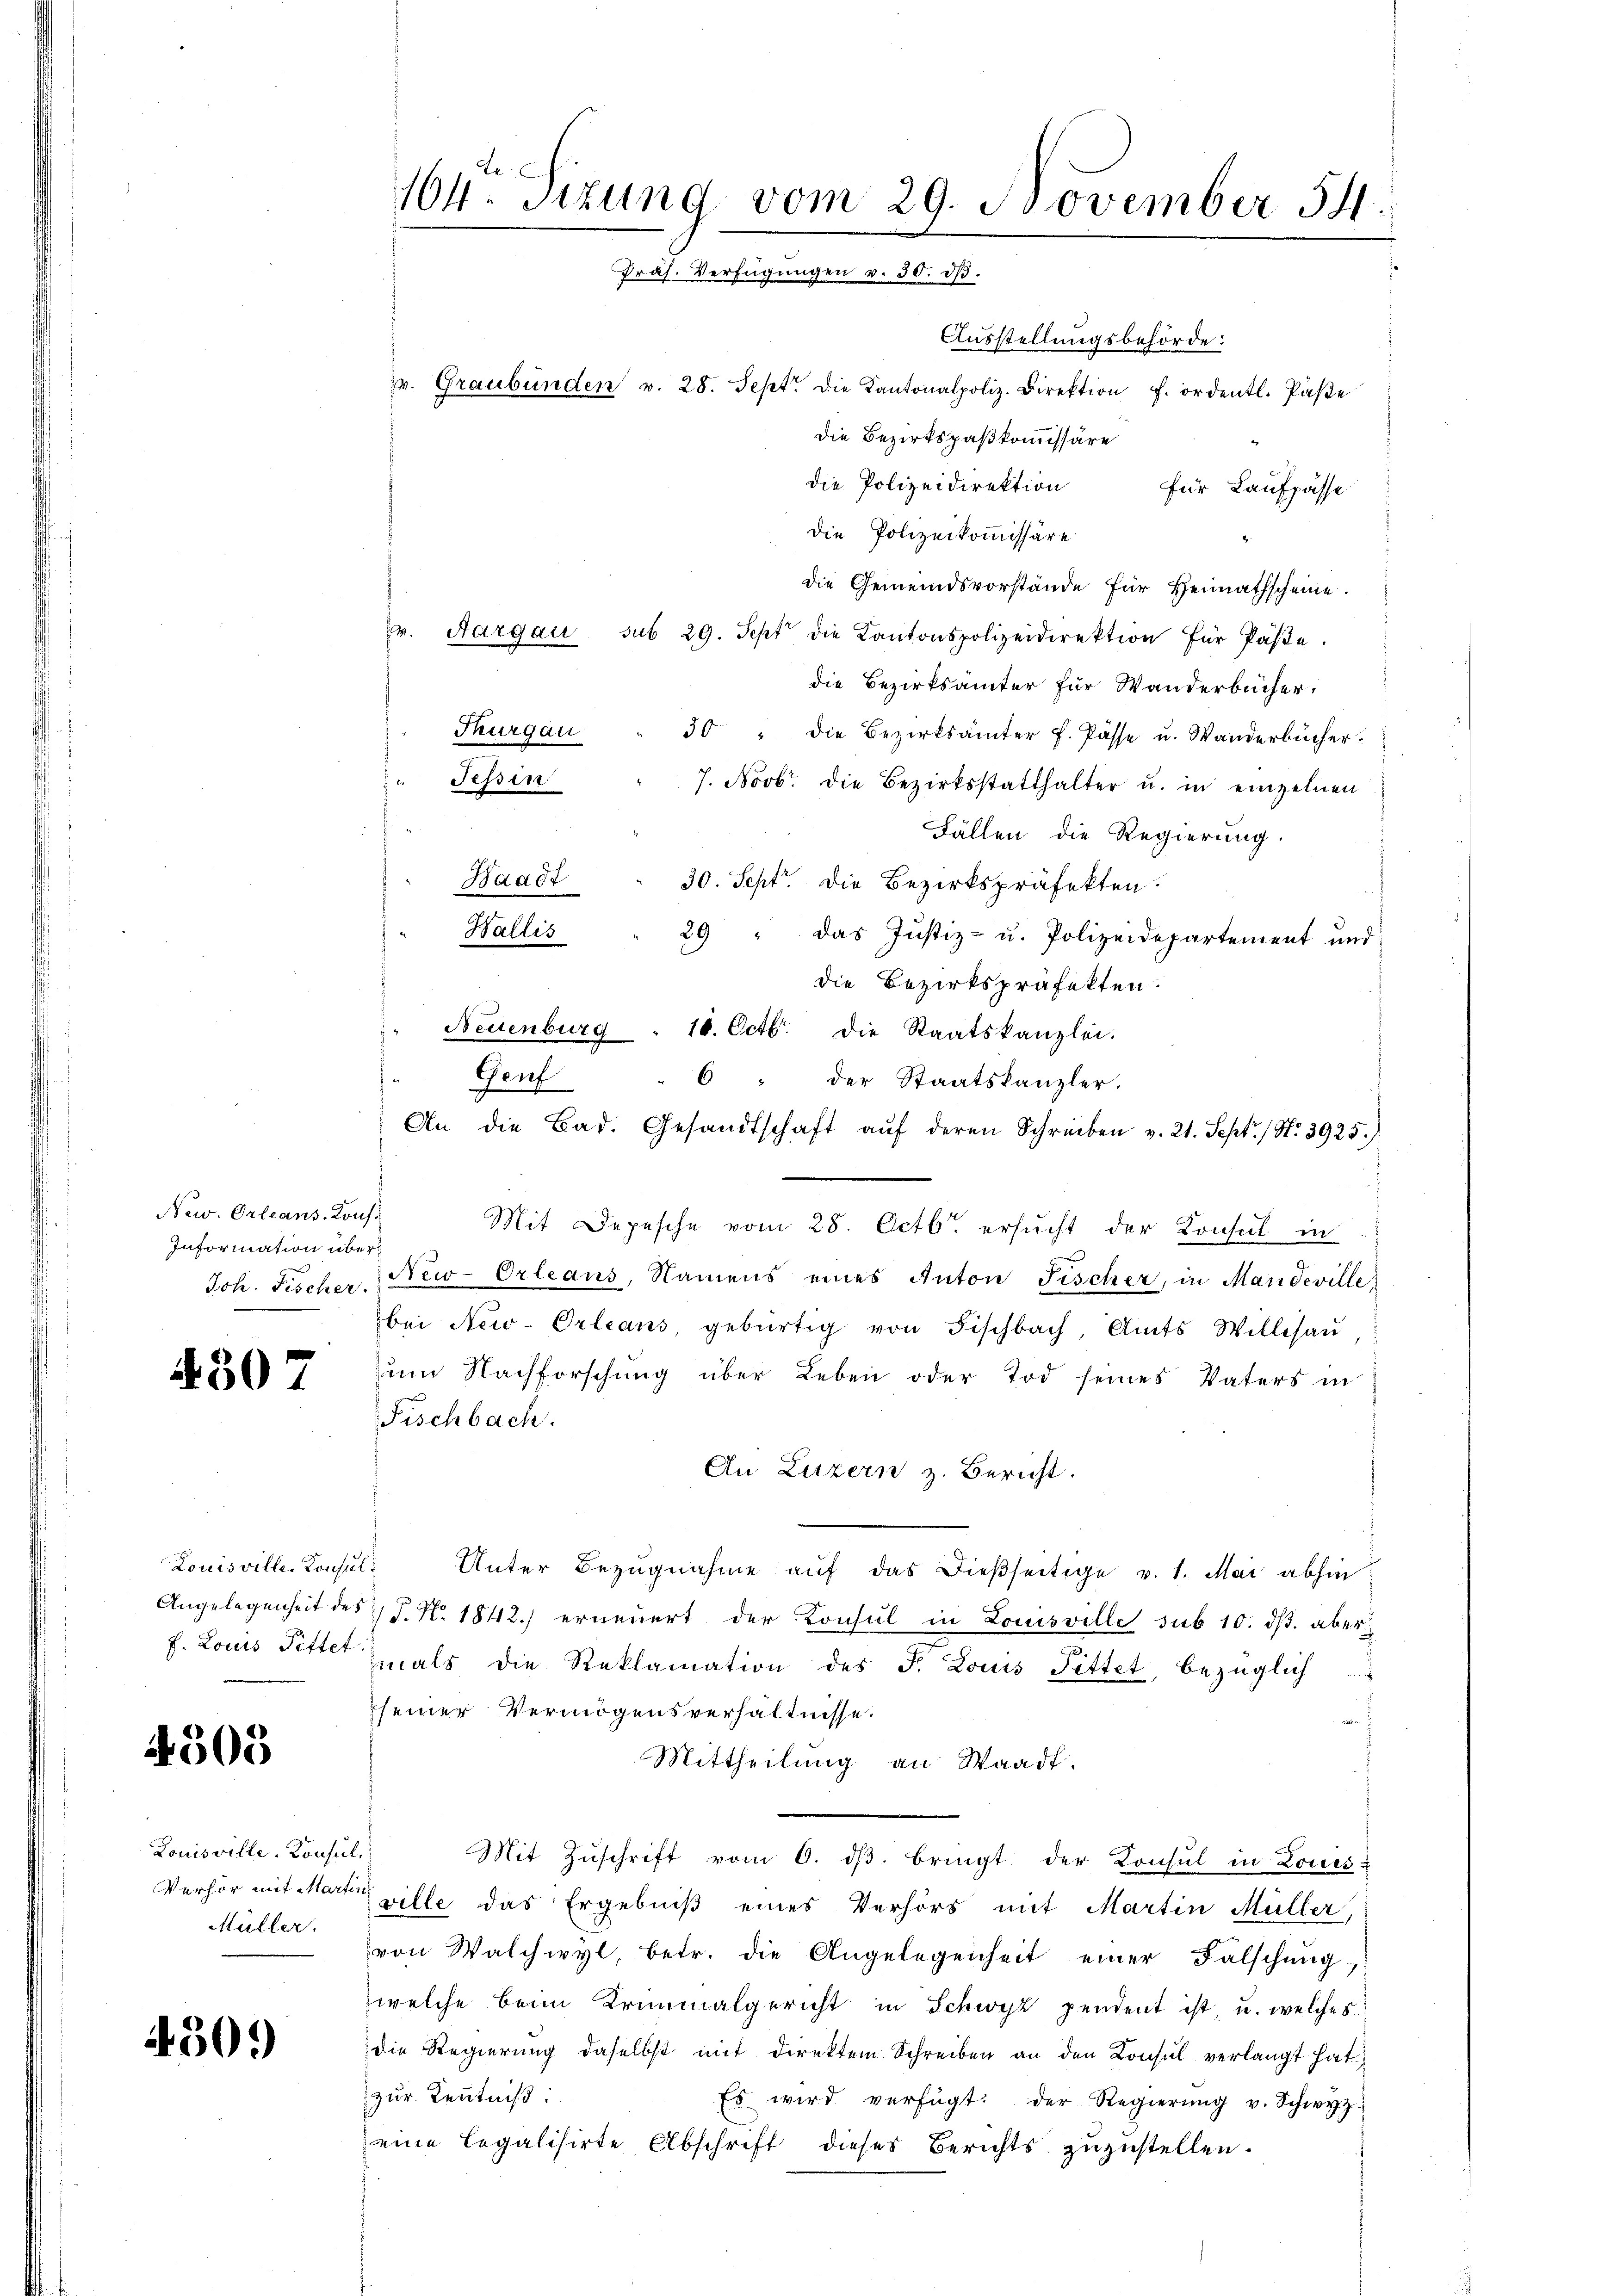
New. Orleans. Kons.
Information über¬

1307

Louisville. Konsul
Angelegenheit des
f. Louis Pittet

4305

Louisville. Konsul,
Verhör mit Marti
Müller.

430.)

104ten Sizung vom 29. November 54.
Präs. Verfügungen v. 30. ds.
Ausstellungsbehörde:
v. Graubünden v. 28. Sept. die Kantonalpoliz. Direktion f. ordentl. Paβe
die Bezirkspaßkommissäre

die Polizeidirektion für Laufpasse
Die Polizeikommissäre
die Gemeindsvorstände für Heimathscheine.
v. Aargau sub 29. Sept die Kantonspolizeidirektion für Paße.
die Bezirksamter für Wanderbücher.
Thurgau " 30 " die Bezirksämter f. Pässe u. Wanderbücher.
Tessin
7. Novbr. die Bezirksstatthalter u. in einzelnen
Fällen die Regierung.
Waadt
30. Sept. Die Bezirkspräfekten.
Wallis
29 " das Justiz- u. Polizeidepartement und
die Bezirkspräfekten.
Neuenburg " 10. Octbr. die Staatskanzlei.
Genf
6 " der Staatskanzler.
An die Bad. Gesandtschaft aŭf deren Schreiben v. 21. Sept. / N. 3925.)
Mit Depesche vom 28. Octbr. ersucht der Konsul in
Joh. Fischer New-Orleans, Namens eines Anton Fischer, in Mardeville
bei New-Orleans, gebürtig von Fischbach, Amts Willisaŭ
zum Nachforschung über Leben oder Tod seines Vaters in
Fischbach.
An Luzern z. Bericht.
 Unter Bezŭgnahme aŭf das dieβseitige v. 1. Mai abhin
P. N. 1842.) erneuert der Konsul in Louisville sub 10. ds. aber
mals die Reklamation des F. Louis Pittet, bezüglich
seiner Vermögensverhältnisse.
Mittheilung an Waadt.
Mit Zŭschrift vom 6. dβ. bringt der Konsul in Louis-
ville das Ergebniß eines Verhörs mit Martin Müller,
von Walchwyl, betr. die Angelegenheit einer Falschŭng
welche beim Kriminalgericht in Schwyz pendent ist, u. welches
die Regierung daselbst mit Direktem Schreiben an den Konsul verlangt hat.
zur Kenntniß
Es wird verfügt: der Regierŭng v. Schwyz
eine legalisirte Abschrift dieses Berichts zuzustellen.